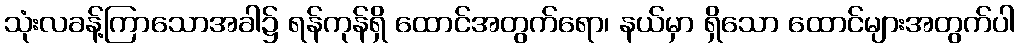
သုံးလခန့်ကြာသောအခါ၌ ရန်ကုန်ရှိ ထောင်အတွက်ရော၊ နယ်မှာ ရှိသော ထောင်များအတွက်ပါ